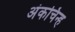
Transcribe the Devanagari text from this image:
अंकचिन्ह